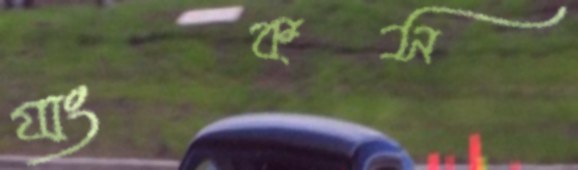
যাংকস